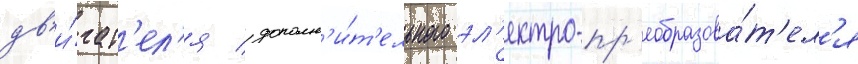
дв'и́гат'ел'я / дополн'и́т'ельного эл'ектро-пр'еобразова́т'ел'я